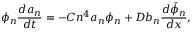
\phi _ { n } \frac { d a _ { n } } { d t } = - C n ^ { 4 } a _ { n } \phi _ { n } + D b _ { n } \frac { d \bar { \phi } _ { n } } { d x } ,